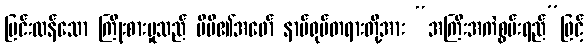
ပြင်းထန်သော ကြိုးစားမှုသည် မိမိ၏အဖော် နာမ်ရုပ်တရားတို့အား “အကြီးအကဲစွမ်းရည်”ဖြင့်